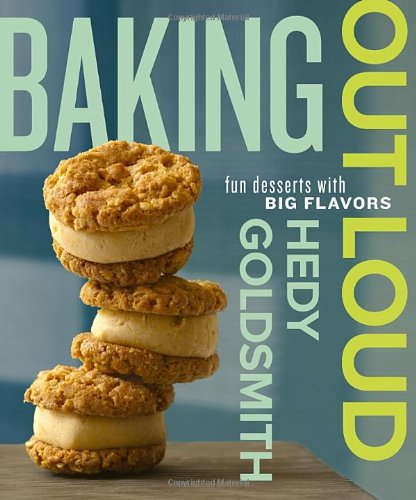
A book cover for Baking Out Loud: Fun Desserts with Big Flavors; Hedy Goldsmith; Cookbooks, Food & Wine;